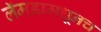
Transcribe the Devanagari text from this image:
लॅमडामधूनच